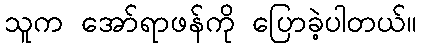
သူက အော်ရာဖန်ကို ပြောခဲ့ပါတယ်။